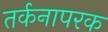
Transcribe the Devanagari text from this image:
तर्कनापरक